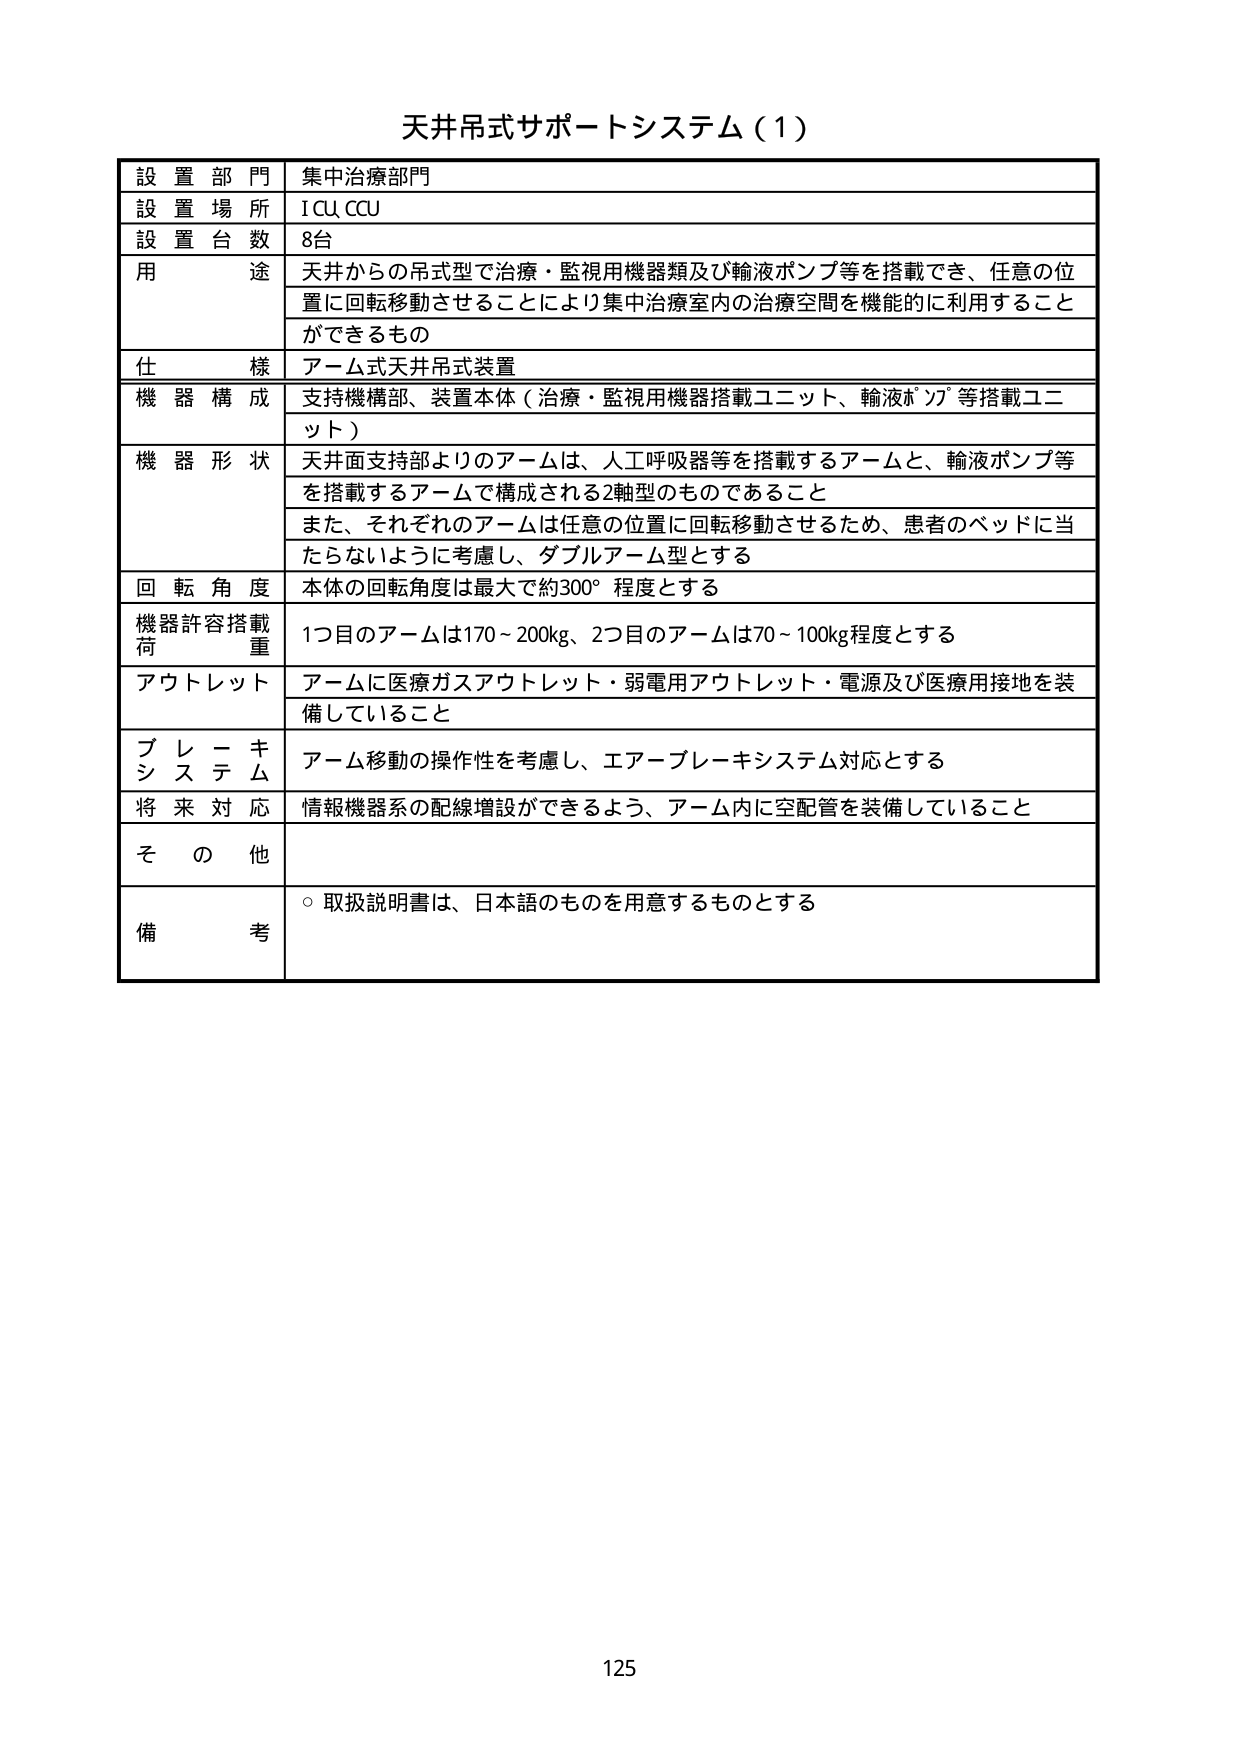
天井吊式サポートシステム（1）

設置部門 集中治療部門
設置場所 ICU CCU
設置台数 8台
用途 天井からの吊式型で治療・監視用機器類及び輸液ポンプ等を搭載でき、任意の位置に回転移動させることにより集中治療室内の治療空間を機能的に利用することができるもの
仕様 アーム式天井吊式装置
機器構成 支持機構部、装置本体（治療・監視用機器搭載ユニット、輸液ポンプ等搭載ユニット）
機器形状 天井面支持部よりのアームは、人工呼吸器等を搭載するアームと、輸液ポンプ等を搭載するアームで構成される2軸型のものであること
また、それぞれのアームは任意の位置に回転移動させるため、患者のベッドに当たらないように考慮し、ダブルアーム型とする
回転角度 本体の回転角度は最大で約300°程度とする
機器許容搭載荷重 1つ目のアームは170～200kg、2つ目のアームは70～100kg程度とする
アウトレット アームに医療ガスアウトレット・弱電用アウトレット・電源及び医療用接地を装備していること
ブレーキシステム アーム移動の操作性を考慮し、エアーブレーキシステム対応とする
将来対応 情報機器系の配線増設ができるよう、アーム内に空配管を装備していること
その他
備考 ○取扱説明書は、日本語のものを用意するものとする

125